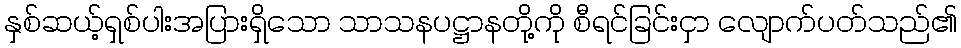
နှစ်ဆယ့်ရှစ်ပါးအပြားရှိသော သာသနပဋ္ဌာနတို့ကို စီရင်ခြင်းငှာ လျောက်ပတ်သည်၏